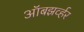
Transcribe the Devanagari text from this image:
ऑबझर्व्हर